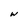
Character: w